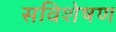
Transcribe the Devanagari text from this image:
सविशेषण